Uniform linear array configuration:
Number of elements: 16
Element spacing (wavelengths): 0.75
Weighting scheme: hann
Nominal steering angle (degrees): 60
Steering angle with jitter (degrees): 60.923
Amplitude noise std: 0.05
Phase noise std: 0.05

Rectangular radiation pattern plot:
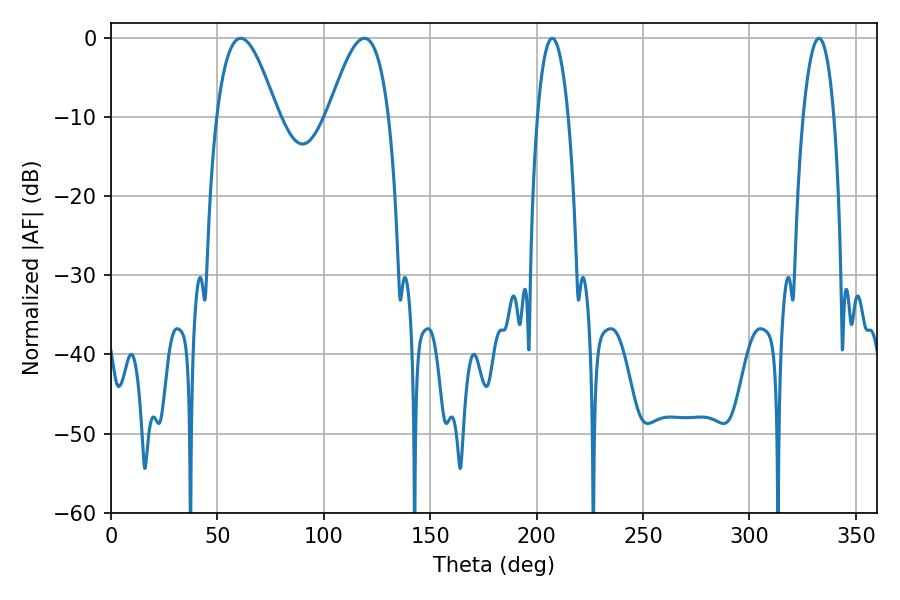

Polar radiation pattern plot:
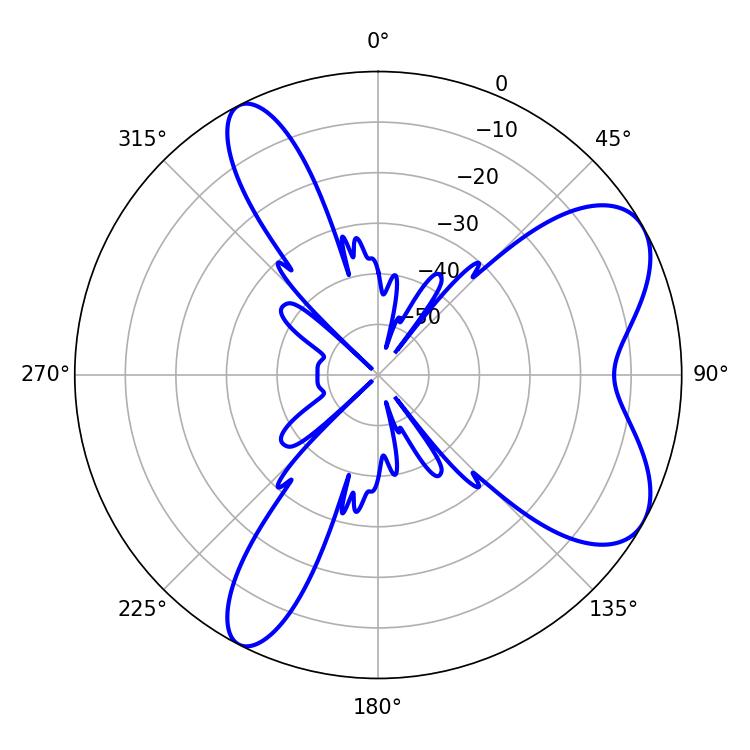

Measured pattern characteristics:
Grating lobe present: TRUE
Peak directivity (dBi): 7.047
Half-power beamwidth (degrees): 8.1
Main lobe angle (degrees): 207.36